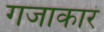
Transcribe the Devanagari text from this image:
गजाकारं